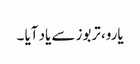
یارو، تربوز سے یاد آیا ۔